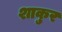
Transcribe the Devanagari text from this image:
शाकुर